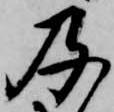
及